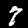
Digit: 7